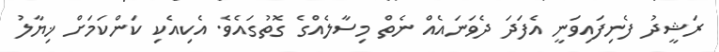
ރަޝީދު ފެނިފައިވަނީ އެފަދަ ދެވަނައެއް ނެތް މިސާލެއްގެ ގޮތުގައެވެ. އެކިއެކި ކަންކަމަށް ޚިޔާލު